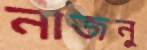
নাজনু